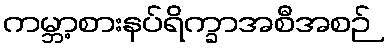
ကမ္ဘာ့စားနပ်ရိက္ခာအစီအစဉ်